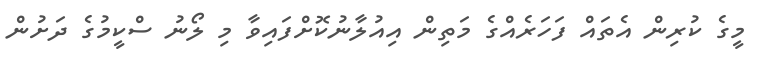
މީގެ ކުރިން އެތައް ފަހަރެއްގެ މަތިން އިއުލާނުކޮށްފައިވާ މި ލޯނު ސްކީމުގެ ދަށުން